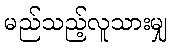
မည်သည့်လူသားမျှ